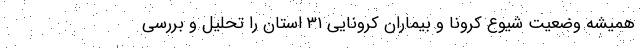
همیشه وضعیت شیوع کرونا و بیماران کرونایی ۳۱ استان را تحلیل و بررسی